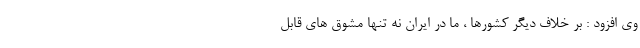
وی افزود : بر خلاف دیگر کشورها ، ما در ایران نه تنها مشوق های قابل